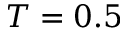
T = 0 . 5